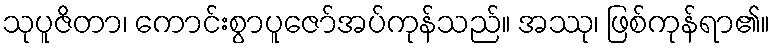
သုပူဇိတာ၊ ကောင်းစွာပူဇော်အပ်ကုန်သည်။ အဿု၊ ဖြစ်ကုန်ရာ၏။